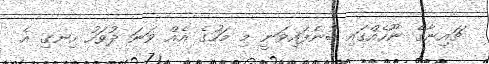
ޗައިނާގެ ނޫހެއްގައި ބުނެފައިވަނީ މި މަހުގެ އެއް ވަނަ ދުވަހު ހިނގި އެ